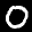
Label: 0